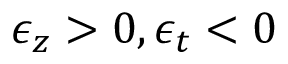
\epsilon _ { z } > 0 , \epsilon _ { t } < 0